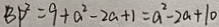
B P ^ { 2 } = 9 + a ^ { 2 } - 2 a + 1 = a ^ { 2 } - 2 a + 1 0